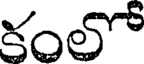
కంలో